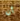
أن